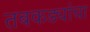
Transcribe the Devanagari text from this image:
तबकड्यांचा